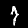
Digit: 7